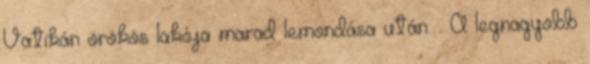
Vatikán örökös lakója marad lemondása után. . A legnagyobb